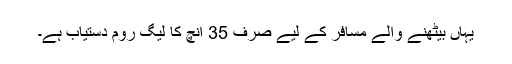
یہاں بیٹھنے والے مسافر کے لیے صرف 35 انچ کا لیگ روم دستیاب ہے۔